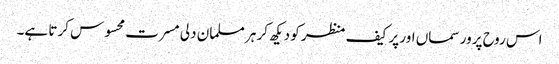
اس روح پرور سماں اور پر کیف منظر کو دیکھ کر ہر مسلمان دلی مسرت محسوس کرتا ہے۔